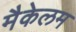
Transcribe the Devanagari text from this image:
मैकेलम